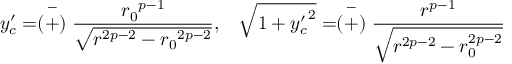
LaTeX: y _ { c } ^ { \prime } = \stackrel { - } { ( + ) } \frac { { r _ { 0 } } ^ { p - 1 } } { \sqrt { r ^ { 2 p - 2 } - { r _ { 0 } } ^ { 2 p - 2 } } } , \; \; \; \sqrt { 1 + { y _ { c } ^ { \prime } } ^ { 2 } } = \stackrel { - } { ( + ) } \frac { r ^ { p - 1 } } { \sqrt { r ^ { 2 p - 2 } - r _ { 0 } ^ { 2 p - 2 } } }